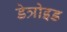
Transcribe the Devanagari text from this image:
डेत्रोइड